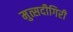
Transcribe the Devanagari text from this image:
मुत्सदीगिरी